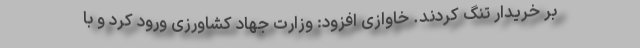
بر خریدار تنگ کردند. خاوازی افزود: وزارت جهاد کشاورزی ورود کرد و با